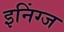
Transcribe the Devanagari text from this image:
इनिंग्ज